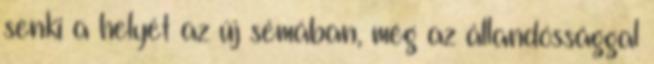
senki a helyét az új sémában, még az állandóssággal